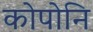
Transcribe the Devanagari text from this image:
कोपोनि